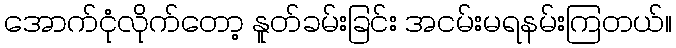
အောက်ငုံလိုက်တော့ နူတ်ခမ်းခြင်း အငမ်းမရနမ်းကြတယ်။